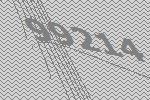
99214